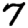
Digit: 7